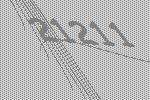
21211